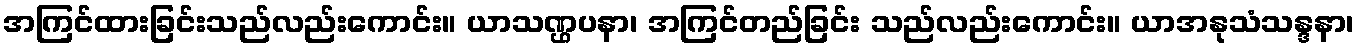
အကြင်ထားခြင်းသည်လည်းကောင်း။ ယာသဏ္ဌပနာ၊ အကြင်တည်ခြင်း သည်လည်းကောင်း။ ယာအနုသံသန္ဒနာ၊